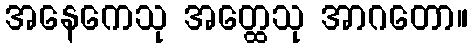
အနေကေသု အတ္ထေသု အာဂတော။